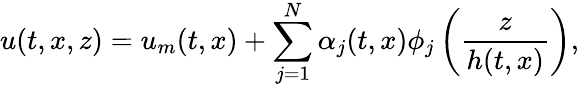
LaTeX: u(t,x,z)=u_{m}(t,x)+\sum_{j=1}^{N}\alpha_{j}(t,x)\phi_{j}\left(\frac{z}{h(t,x)}\right),